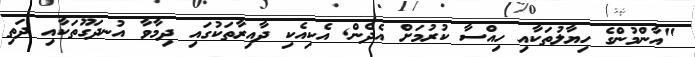
"އާންމުންގެ ހިޔާލުތަކާއި ހިއްސާ ކުރުމަށް އެދެން